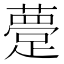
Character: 䠢